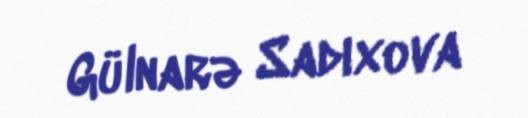
Gülnarə Sadıxova